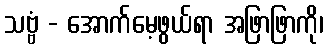
သဗ္ဗံ - အောက်မေ့ဖွယ်ရာ အဖြာဖြာကို၊